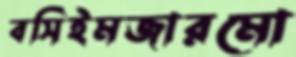
বসিইমজারমো